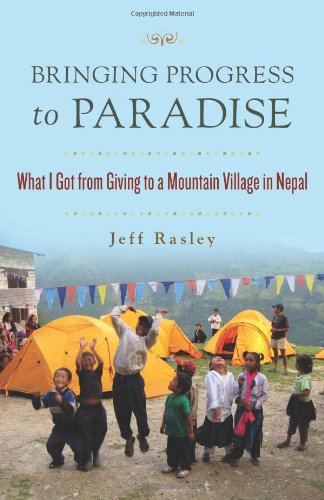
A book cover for Bringing Progress to Paradise: What I Got from Giving to a Mountain Village in Nepal; Jeff Rasley; Travel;